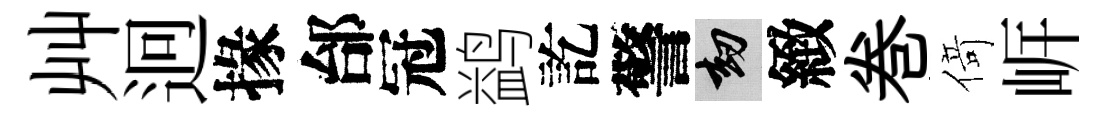
艸迥掾邰冠鹢訖警劫緻巻𠋣㟁